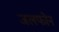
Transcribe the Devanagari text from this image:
जलफोन